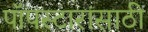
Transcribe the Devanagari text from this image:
पॉपस्टारांसाठी